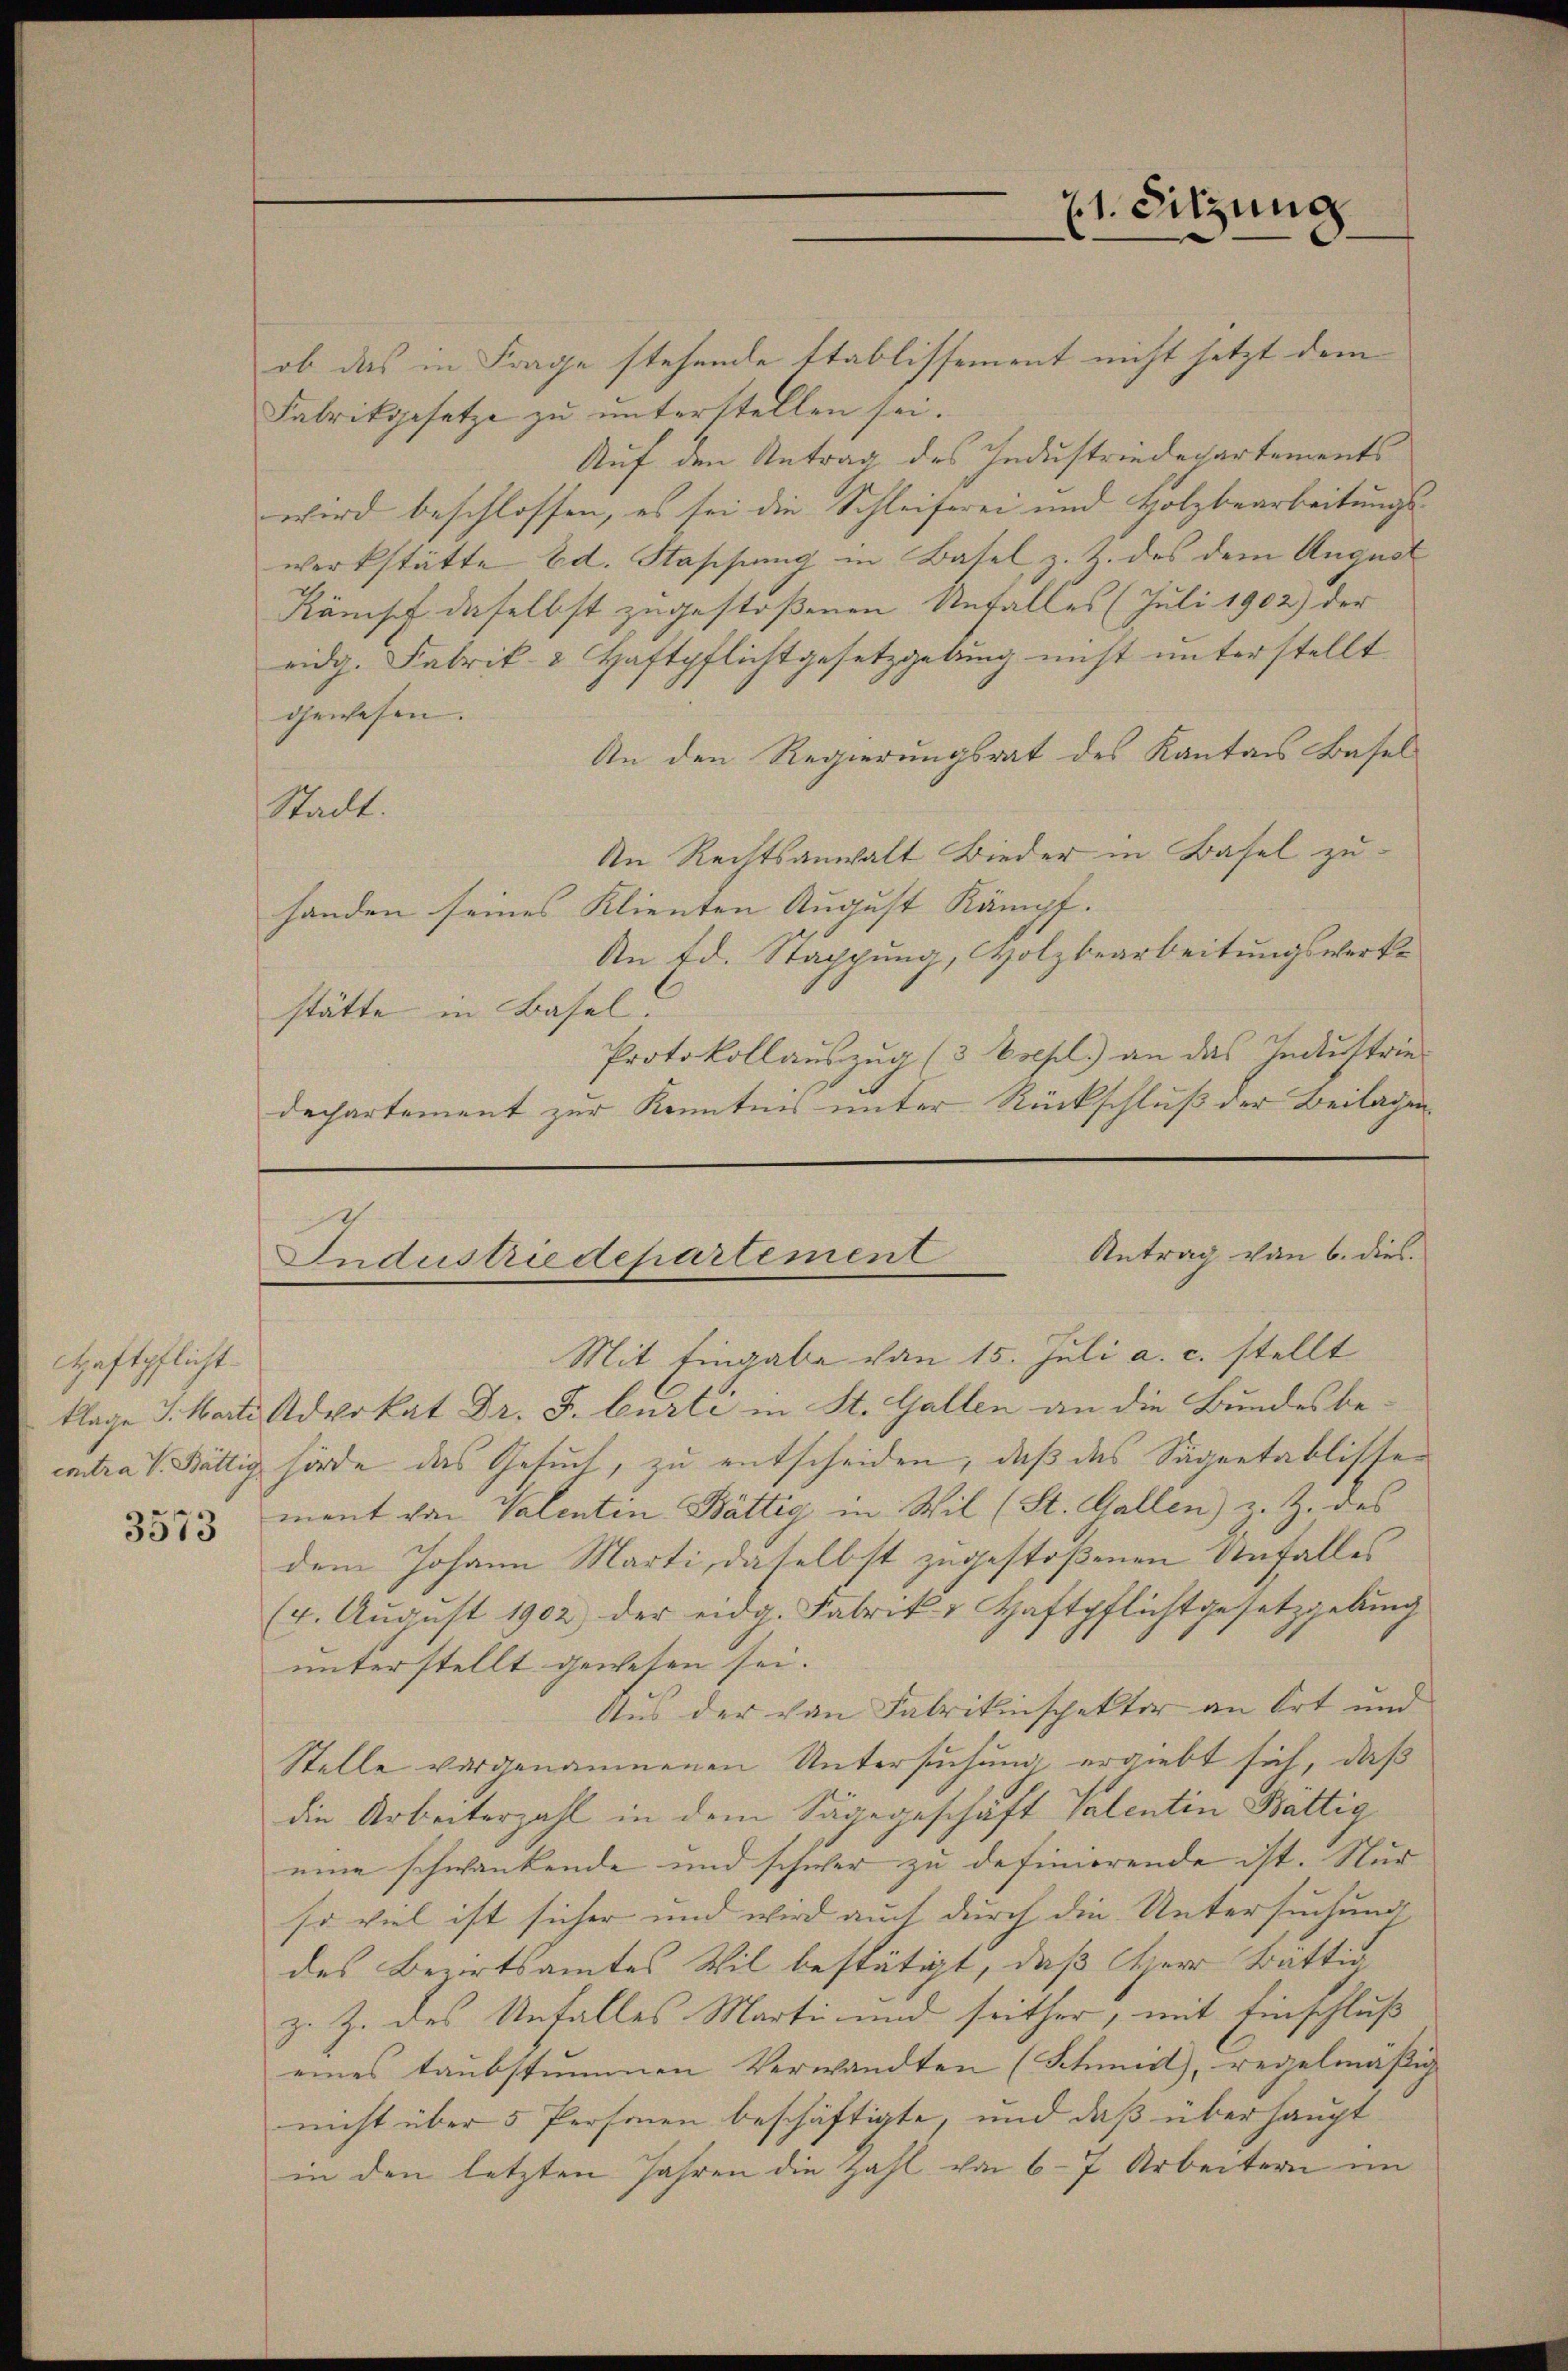
Haftpflicht.
3573

ob das in Frage stehende Stablissement nicht jetzt dem
Fabrikgesetze zu unterstellen sei.
Auf den Antrag des Industriedepartements
wird beschlossen, es sei die Schleiferei und Holzbearbeitungs-
werkstätte Ed. Stassung in Basel, z. Z. des dem August
Känisch daselbst zugestoßenen Unfalles (Juli 1902) der
eidg. Fabrik- & Haftpflichtgesetzgebung nicht unterstellt
gewesen.
An den Regierungsrat des Kantons Basel
Stadt.
An Rechtsanwalt Bieder in Basel zuhanden seines Klienten August Kämpf.
An Ed. Stappung, Holzbearbeitungswerks
stätte in Basel.
Protokollauszug (3 Eoehl) an das Industriedechartement zur Kenntnis unter Rückschluß der Beilagen

klage 3. Marte Advokat Dr. F. Curti in St. Gallen an die Bundes be-
extra v. Stättig hörde das Gesuch, zu entscheiden, daß das Sägentablisser
ment von Valentin Bättig in Wil (St. Gallen) z. Z. des
dem Johann Marti, daselbst zugestoßenen Unfalles
(4. Aŭgŭst 1902 der eidg. Fabrik u Haftpflichtgesetzgebung
unterstellt gewesen sei.
Aus der von Fabrikinspektor an Ort und
Stelle vorgenommenen Untersuchung ergiebt sich, daß
die Arbeiterzahl in dem Säge geschäft Valentin Bättig
eine schwankende und schwer zu definierende ist. Nur
so viel ist sicher und wird auch durch die Untersuchung
des Bewirtsamtes Wil bestätigt, daß Herr tättig
z. Z. des Unfalles Marti und seither, mit Einschluß
eines taubstummen Verwandten (Schmidt, regelmäßig
nicht über 5 Personen beschäftigte, und daß überhaupt
in den letzten Jahren die Zahl von 6-7 Arbeitern im

21. Sitzung

Antrag von 6. dies
Industriedepartement
Mit Eingabe von 15. Juli a. c. stellt